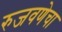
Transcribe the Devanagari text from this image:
रुजवणेचा